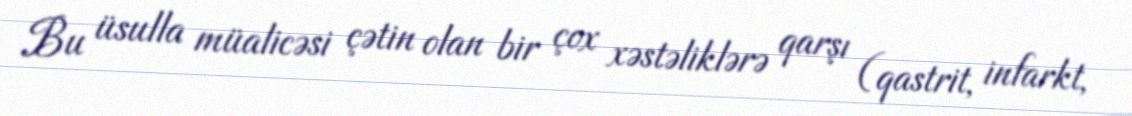
Bu üsulla müalicəsi çətin olan bir çox xəstəliklərə qarşı (qastrit, infarkt,